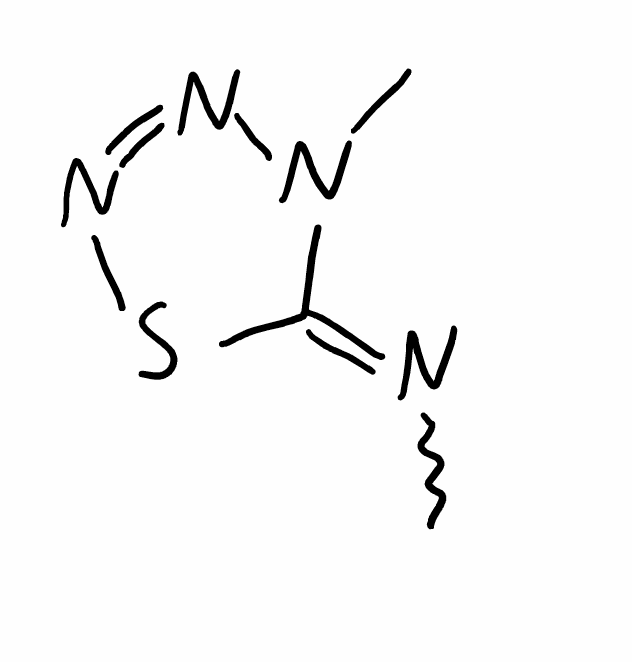
Simplified molecular-input line-entry system (SMILES) notation of the given molecule:
CN=C1N(N=NS1)C